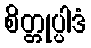
စိတ္တုပ္ပါဒံ